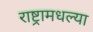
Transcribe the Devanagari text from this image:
राष्ट्रामधल्या